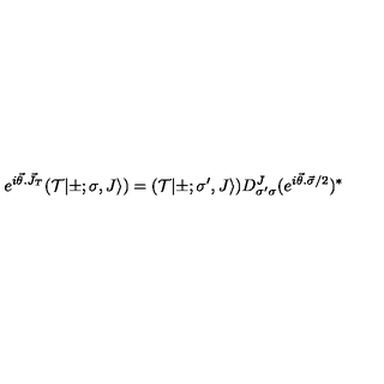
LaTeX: e ^ { i \vec { \theta } . \vec { J } _ { T } } ( { \cal T } | \pm ; \sigma , J \rangle ) = ( { \cal T } | \pm ; { \sigma } ^ { \prime } , J \rangle ) D _ { { \sigma } ^ { \prime } { \sigma } } ^ { J } ( e ^ { i \vec { \theta } . \vec { \sigma } / 2 } ) ^ { * }